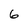
Character: 6